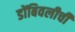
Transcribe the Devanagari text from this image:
डोंबिवलीची